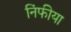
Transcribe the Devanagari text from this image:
निंफीया